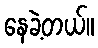
နေခဲ့တယ်။